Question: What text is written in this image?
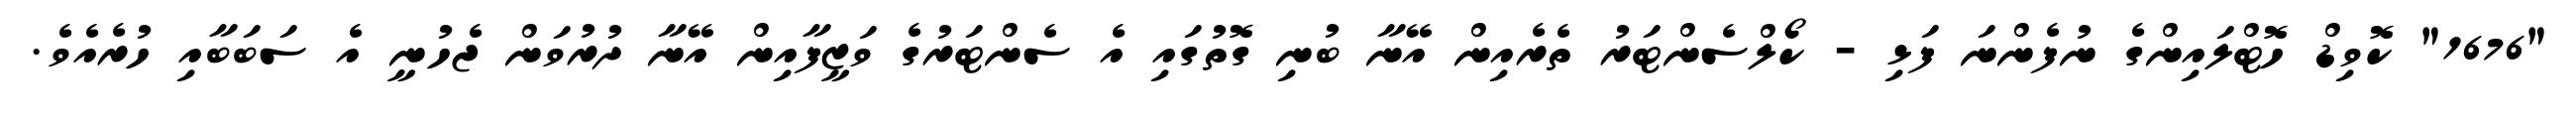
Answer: "1676" ކޮވިޑް ހޮޓްލައިންގެ ނުފެންނަ ފަޅި - ކޯލްސެންޓަރު ތެރެއިން އޭނާ ބުނި ގޮތުގައި އެ ސެންޓަރުގެ ވަޒީފާއިން އޭނާ ދުރުވަން ޖެހުނީ އެ ސަބަބާއި ހުރެއެވެ.